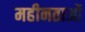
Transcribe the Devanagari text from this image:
महीनताओं